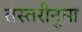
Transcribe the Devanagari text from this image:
तस्तरीनुमा